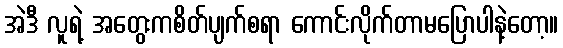
အဲဒီ လူရဲ့ အတွေးကစိတ်ပျက်စရာ ကောင်းလိုက်တာမပြောပါနဲ့တော့။